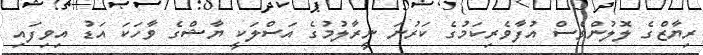
ރިޔާޒްގެ ލޮލުންވެސް އުފާވެރިކަމުގެ ކަރުނަ ނީރާލުމުގެ އަސްލަކީ ޔާޝްގެ ވާހަކަ އަޑު އިވިފައި